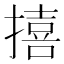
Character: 𪮬